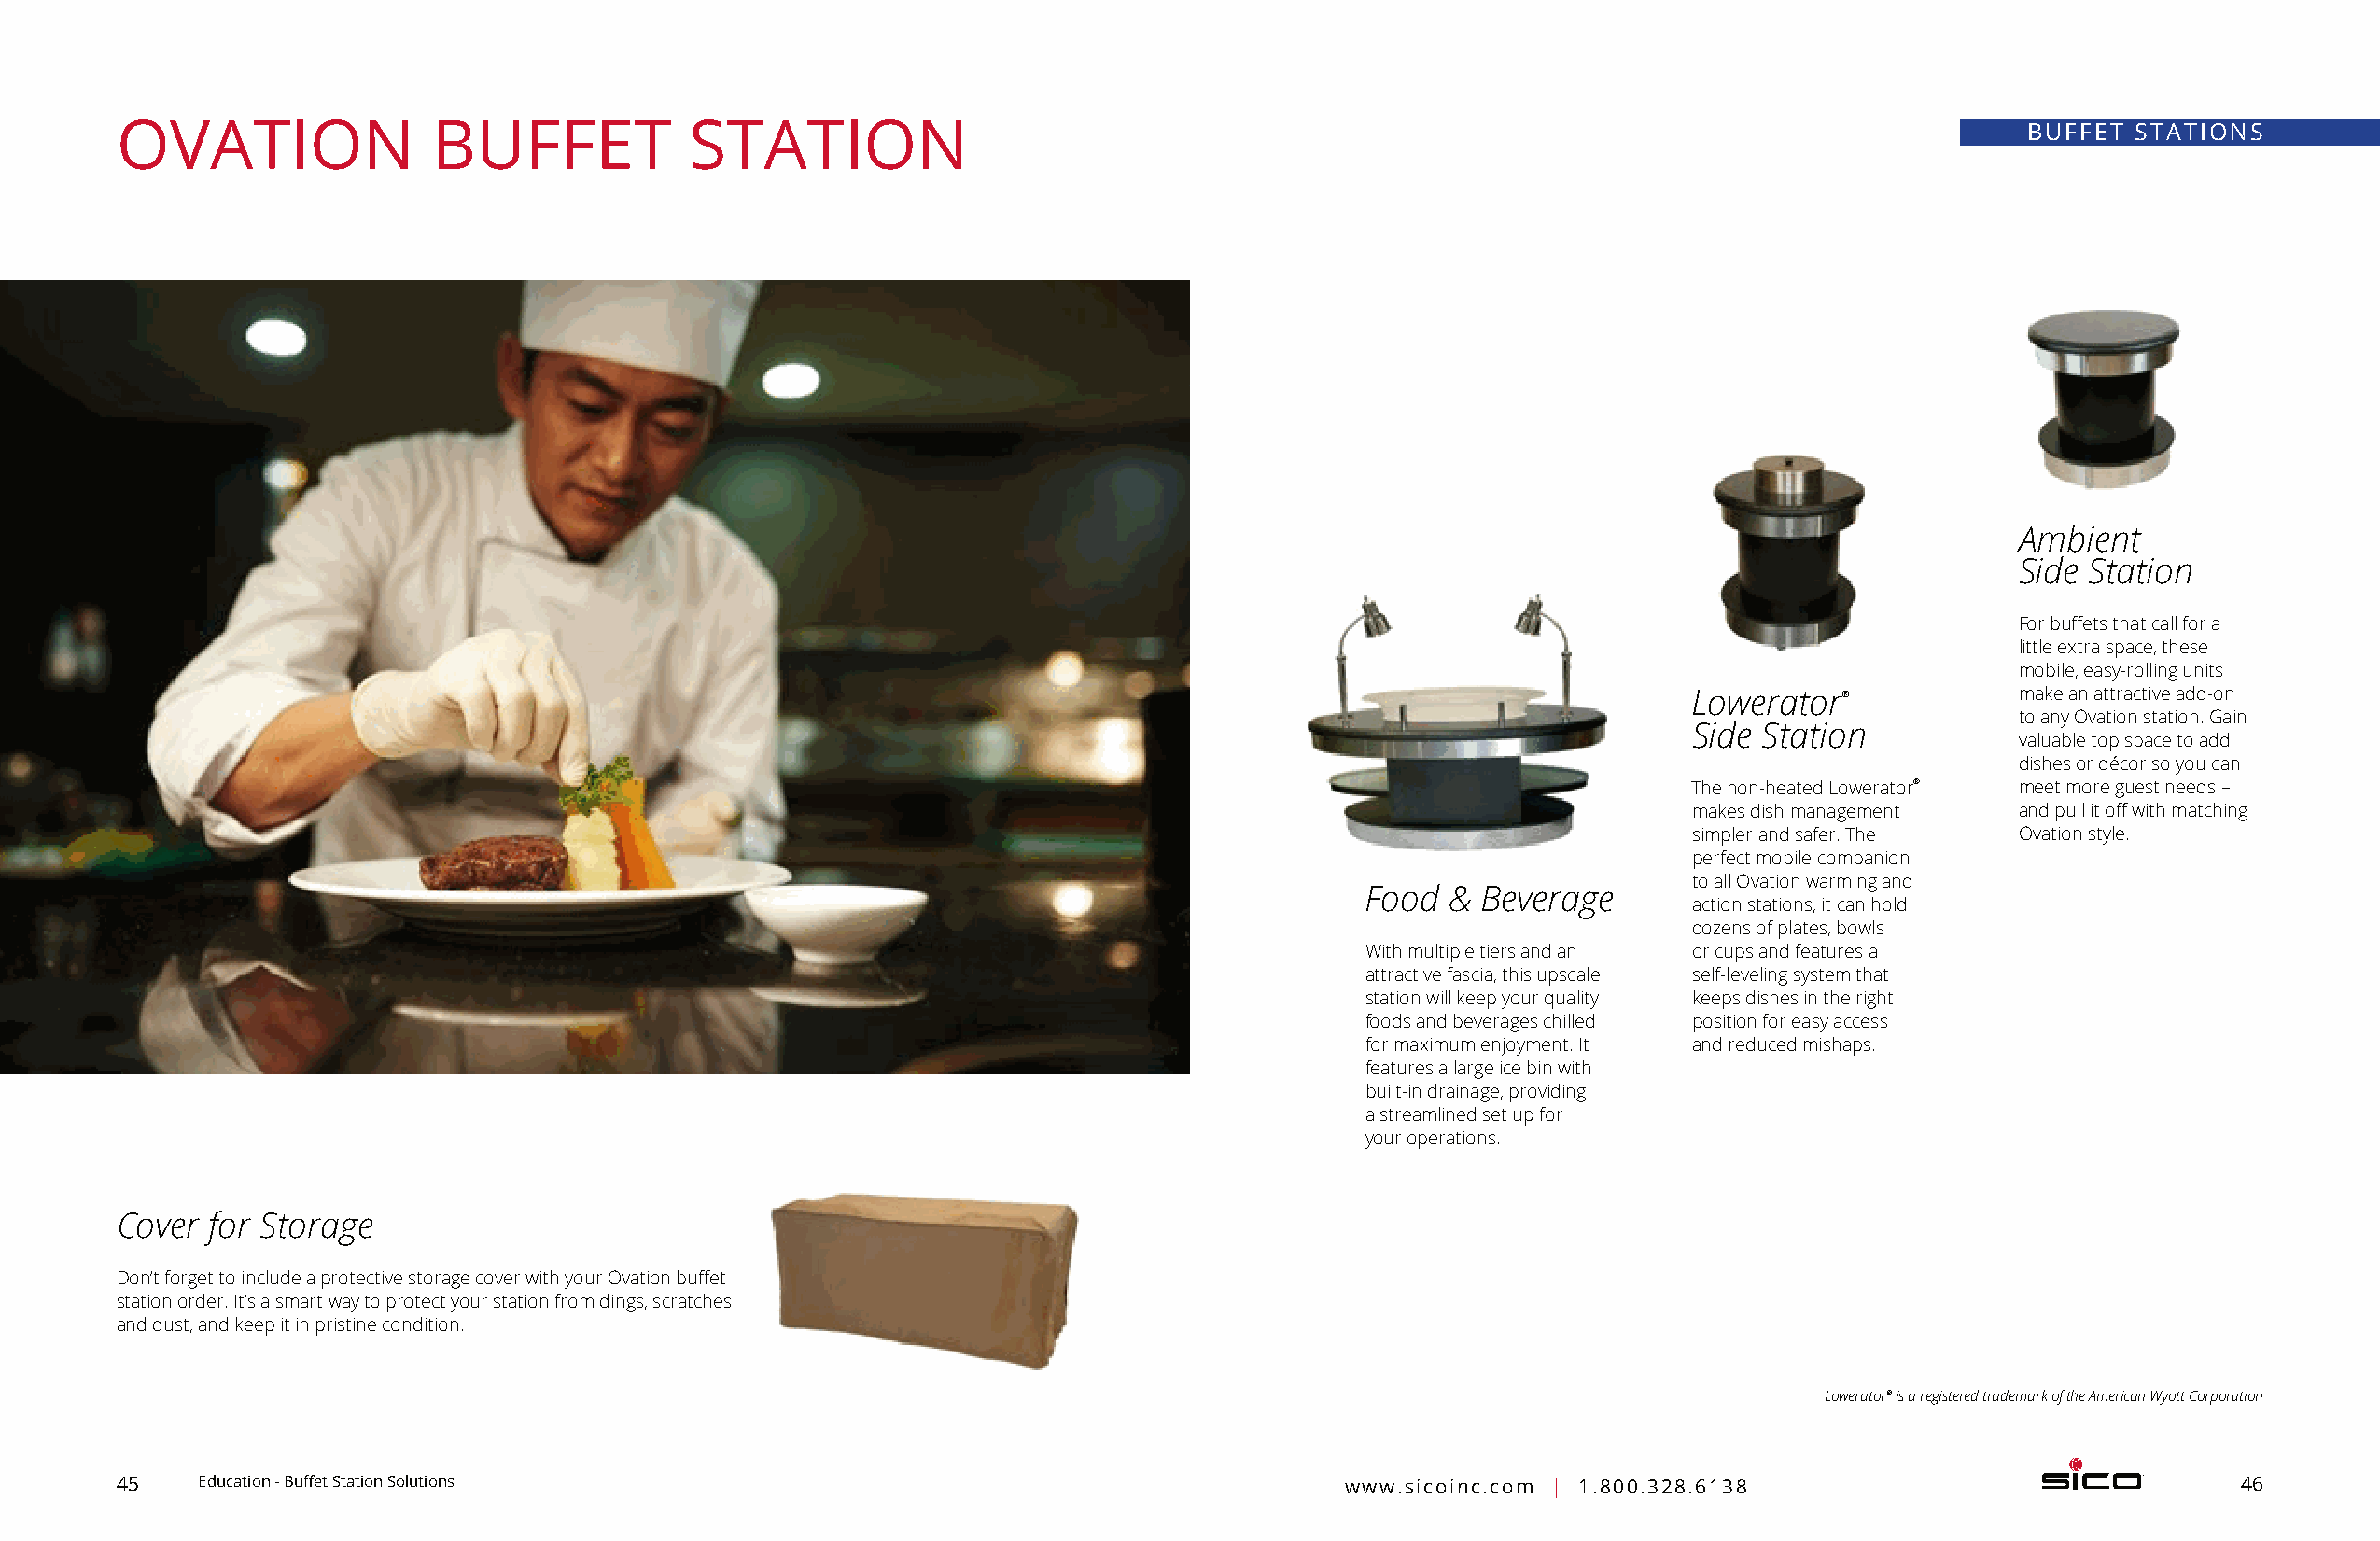
OVATION                BUFFET            STATION                                                                                        BUFFET STATIONS
 Ambient
 Side Station
 For buffets that call for a
 little extra space, these
 mobile, easy-rolling units
 Lowerator®             make an attractive add-on
 to any O vation station. Gain
 Side Station
 valuable top space to add
 dishes or décor so you can
 The non-heated Lowerator® meet more guest needs –
 makes dish management  and pull it off with matching
 simpler and safer. The Ovation style.
 perfect mobile companion
 to all Ovation warming and
 Food  & Beverage
 action stations, it can hold
 dozens of plates, bowls
 With multiple tiers and an or cups and features a
 attractive fascia, this upscale self-leveling system that
 station will keep your quality keeps dishes in the right
 foods and beverages chilled position for easy access
 for maximum enjoyment. It and reduced mishaps.
 features a large ice bin with
 built-in drainage, providing
 a streamlined set up for
 your operations.
 Cover  for Storage
 Don’t forget to include a protective storage cover with your Ovation buffet
 station order. It’s a smart way to protect your station from dings, scratches
 and dust, and keep it in pristine condition.
 Lowerator® is a registered trademark of the American Wyott Corporation
 45    Education - Buffet Station Solutions                                             www.sicoinc.com | 1.800.328.6138                                46